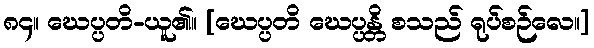
၈၄။ ဃေပ္ပတိ-ယူ၏။ [ဃေပ္ပတိ ဃေပ္ပန္တိ စသည် ရုပ်စဉ်လေ။]